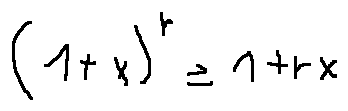
( 1 + x ) ^ { r } \geq 1 + r x